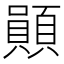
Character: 䫟